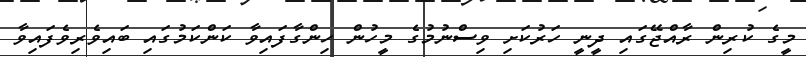
މީގެ ކުރިން ރާއްޖޭގައި ދީނީ ހަރުކަށި ވިސްނުމުގެ މީހުން ހިންގާފައިވާ ކަންކަމުގައި ބައިވެރިވެފައިވާ